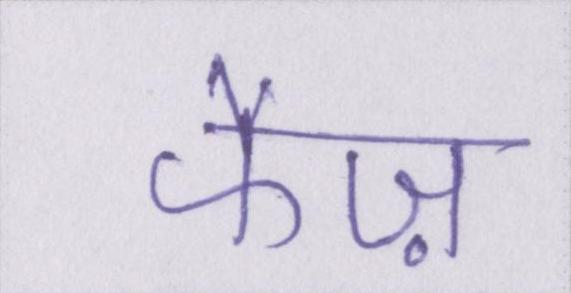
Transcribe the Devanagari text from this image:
फैज़